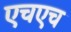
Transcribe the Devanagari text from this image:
एचएच